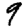
Digit: 9